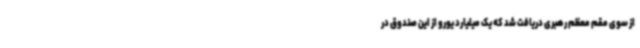
از سوی مقم معظم رهبری دریافت شد که یک میلیارد یورو از این صندوق در